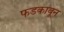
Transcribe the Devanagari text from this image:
फडकावून